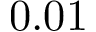
0 . 0 1